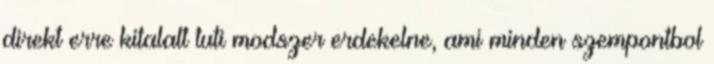
direkt erre kitalalt tuti modszer erdekelne, ami minden szempontbol